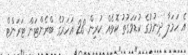
އެ ހަމަލާ ދިނުމުގެ ކުޑަވަގުތު ކޮޅެއް ކުރިން 28 އަހަރުގެ ބްރެންޓަން ޓަރަންޓް